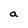
Character: a